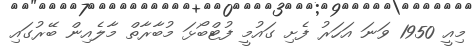
މިއީ 1950 ވަނަ އަހަރު ފެށި ގައުމީ ފުޓްބޯޅަ މުބާރާތް މާލެއިން ބޭރުގައި